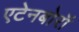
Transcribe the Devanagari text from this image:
एटेनबोरॉ